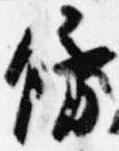
傍